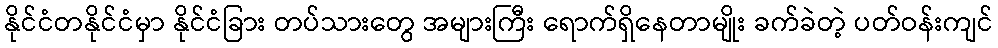
နိုင်ငံတနိုင်ငံမှာ နိုင်ငံခြား တပ်သားတွေ အများကြီး ရောက်ရှိနေတာမျိုး ခက်ခဲတဲ့ ပတ်ဝန်းကျင်